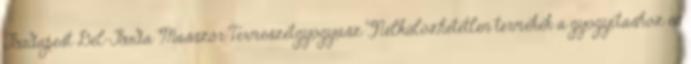
Budapest Dél-Buda Masszőr Természetgyógyász Nélkülözhetetlen termékek a gyógyításhoz és